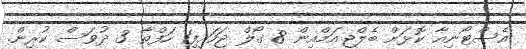
އެސްޓޯނިއާ ކޮޅަށް ބެލްޖިއަމްއިން 8 ގޯލް ޖަހައިފި1 ހަފްތާ 3 ދުވަސް ކުރިން.